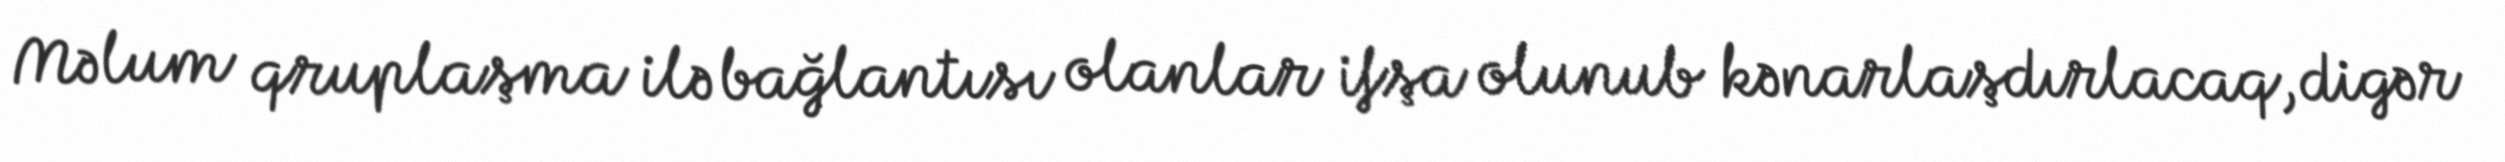
Məlum qruplaşma ilə bağlantısı olanlar ifşa olunub kənarlaşdırlacaq, digər